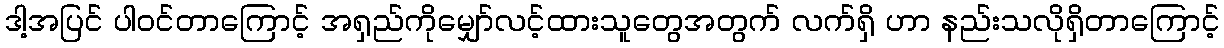
ဒါ့အပြင် ပါဝင်တာကြောင့် အရှည်ကိုမျှော်လင့်ထားသူတွေအတွက် လက်ရှိ ဟာ နည်းသလိုရှိတာကြောင့်